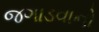
જગાડવાનો